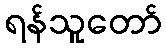
ရန်သူတော်